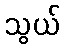
သွယ်